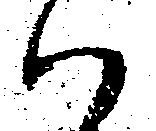
ハ